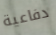
دفاعية